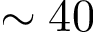
\sim 4 0